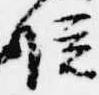
位